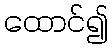
ထောင်၍